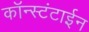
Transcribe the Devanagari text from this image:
कॉन्स्टंटाईन